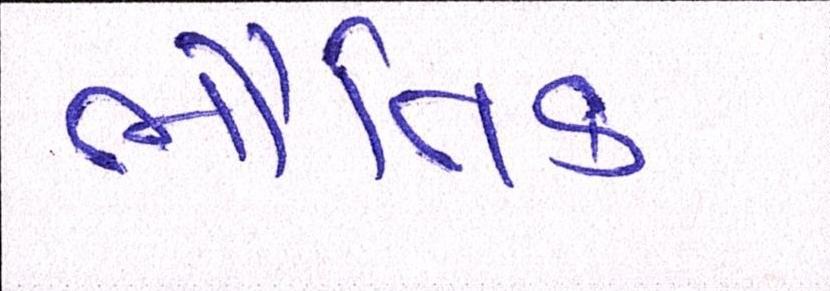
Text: ભૌતિક